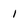
Character: 1